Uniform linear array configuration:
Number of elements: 8
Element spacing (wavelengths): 0.5
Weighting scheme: cosine
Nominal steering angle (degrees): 15
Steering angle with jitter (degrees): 13.726
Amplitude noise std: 0.05
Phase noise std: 0.05

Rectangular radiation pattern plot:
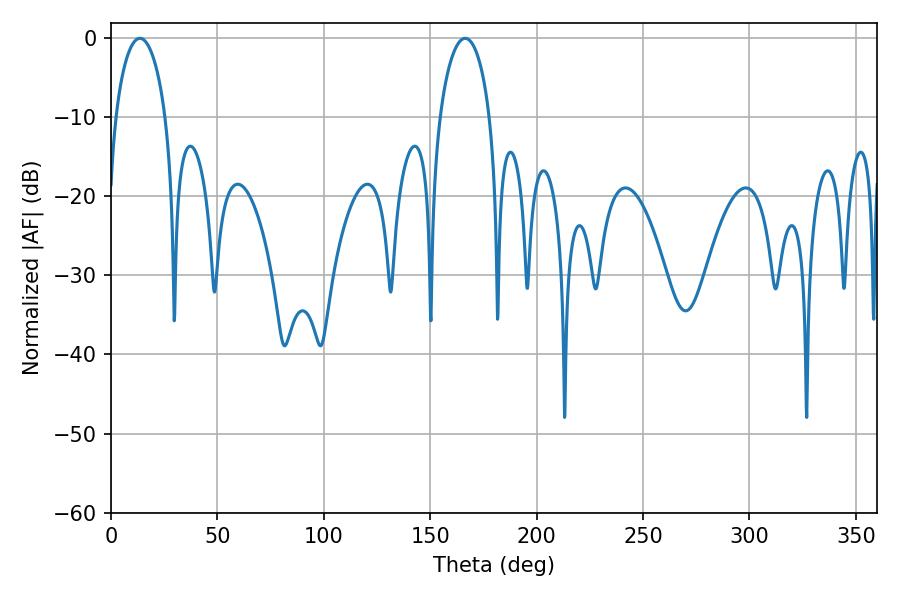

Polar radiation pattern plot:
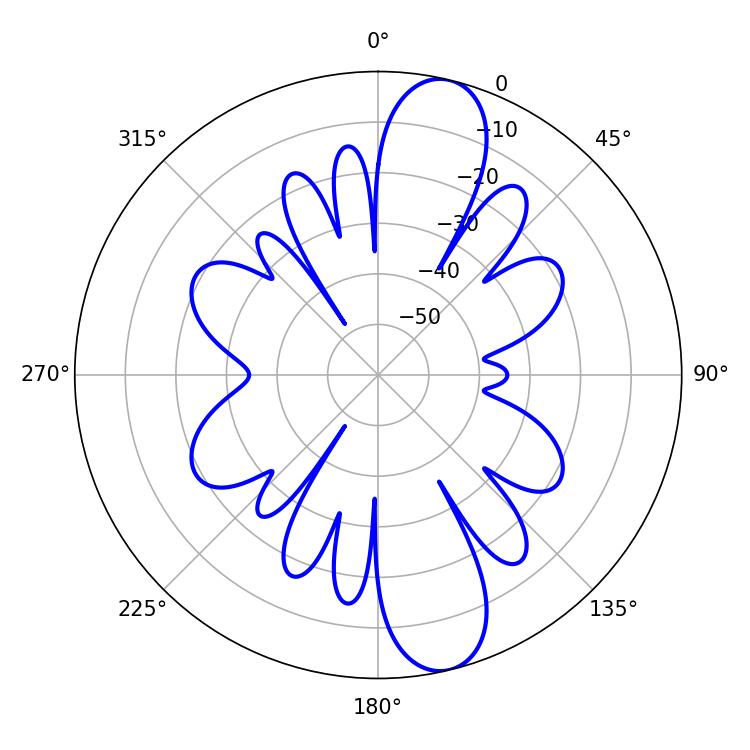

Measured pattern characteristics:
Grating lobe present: FALSE
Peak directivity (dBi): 12.267
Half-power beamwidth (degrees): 13.5
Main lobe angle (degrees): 13.5